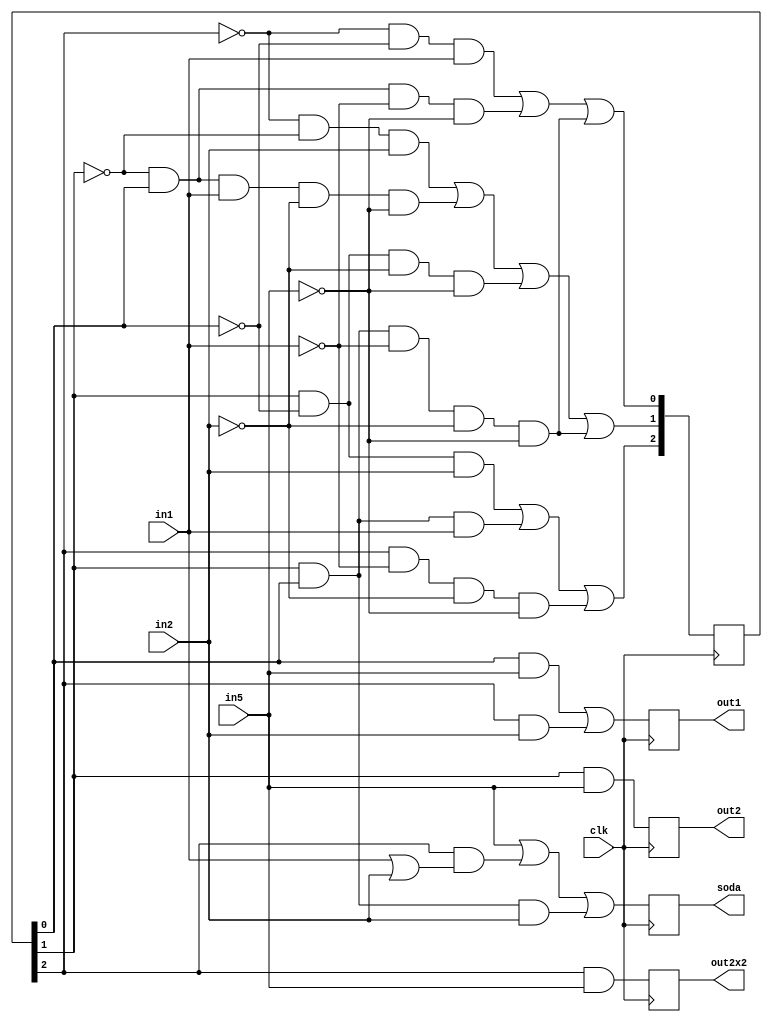
module dfa(
  
  /* Clocking signal */
  input wire clk,

  /* Signals for 1,2 and 5 coins inserted */
  input wire in1,
  input wire in2,
  input wire in5,

  /* Output for change: 1, 2 and 2 times 2 coins */
  output reg out1 = 0,
  output reg out2 = 0,
  output reg out2x2 = 0,

  /* Output for soda */
  output reg soda = 0
);

/* Current state */
reg [2:0]S = 0;

always @(posedge clk) begin

  S[0] <= (~S[2] & ~S[0] &  in1) 
        | (~S[1] &  S[0] & ~in1 & ~in5) 
        | ( S[1] &  S[0] & ~in1 & ~in2 & ~in5);

  S[1] <= (~S[2] & ~S[1] &  in2)
        | (~S[1] &  S[0] &  in1 & ~in2 & ~in5)
        | (S[1]  & ~S[0] & ~in2 & ~in5)
        | (S[1]  &  S[0] & ~in1 & ~in2 & ~in5);

  S[2] <= (S[1] & ~S[0]  & in2)
        | (S[1] &  S[0]  & in1)
        | (S[2] & ~in1 & ~in2 & ~in5);

  out1 <= (S[0] & in5) | (S[2] & in2);
  out2 <= S[1] & in5;
  out2x2 <= S[2] & in5;

  soda <= in5 | (S[2] & (in1|in2)) | S[0] & S[1] & in2;

end

endmodule